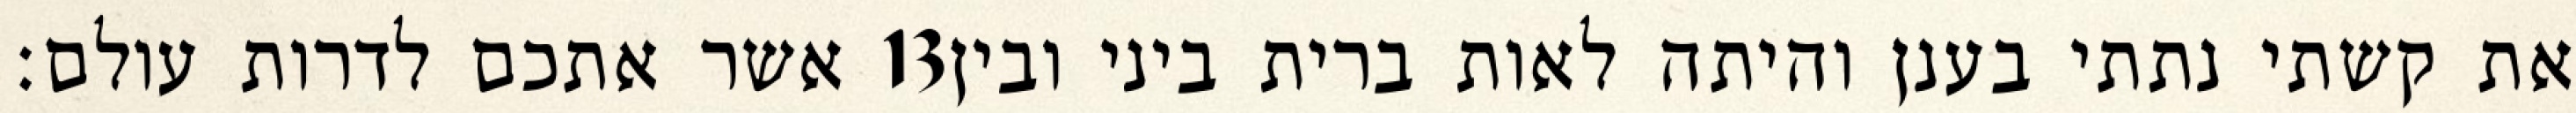
אשר אתכם לדרות עולם׃ ‎13‏ את קשתי נתתי בענן והיתה לאות ברית ביני ובין